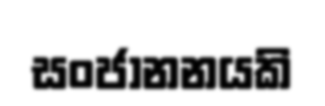
සංජානනයකි